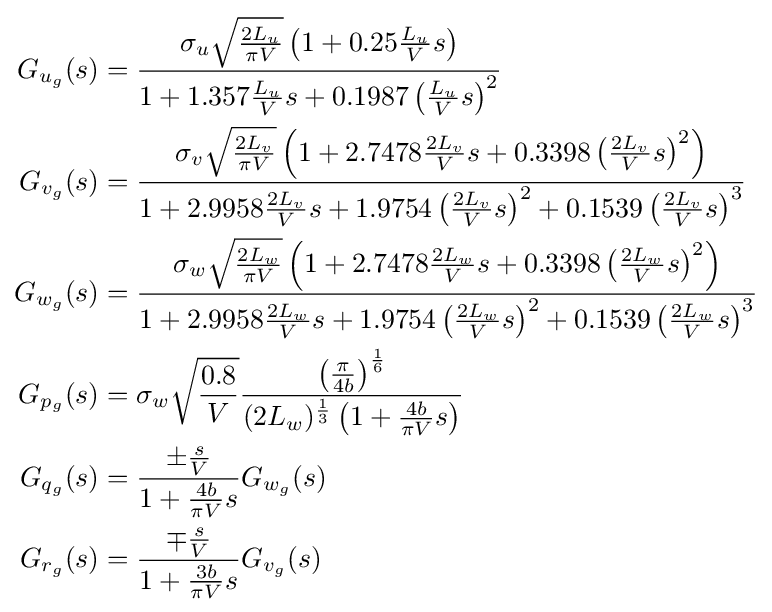
{\begin{aligned}G_{u_{g}}(s)&={\frac {\sigma _{u}{\sqrt {\frac {2L_{u}}{\pi V}}}\left(1+0.25{\frac {L_{u}}{V}}s\right)}{1+1.357{\frac {L_{u}}{V}}s+0.1987\left({\frac {L_{u}}{V}}s\right)^{2}}}\\G_{v_{g}}(s)&={\frac {\sigma _{v}{\sqrt {\frac {2L_{v}}{\pi V}}}\left(1+2.7478{\frac {2L_{v}}{V}}s+0.3398\left({\frac {2L_{v}}{V}}s\right)^{2}\right)}{1+2.9958{\frac {2L_{v}}{V}}s+1.9754\left({\frac {2L_{v}}{V}}s\right)^{2}+0.1539\left({\frac {2L_{v}}{V}}s\right)^{3}}}\\G_{w_{g}}(s)&={\frac {\sigma _{w}{\sqrt {\frac {2L_{w}}{\pi V}}}\left(1+2.7478{\frac {2L_{w}}{V}}s+0.3398\left({\frac {2L_{w}}{V}}s\right)^{2}\right)}{1+2.9958{\frac {2L_{w}}{V}}s+1.9754\left({\frac {2L_{w}}{V}}s\right)^{2}+0.1539\left({\frac {2L_{w}}{V}}s\right)^{3}}}\\G_{p_{g}}(s)&=\sigma _{w}{\sqrt {\frac {0.8}{V}}}{\frac {\left({\frac {\pi }{4b}}\right)^{\frac {1}{6}}}{(2L_{w})^{\frac {1}{3}}\left(1+{\frac {4b}{\pi V}}s\right)}}\\G_{q_{g}}(s)&={\frac {\pm {\frac {s}{V}}}{1+{\frac {4b}{\pi V}}s}}G_{w_{g}}(s)\\G_{r_{g}}(s)&={\frac {\mp {\frac {s}{V}}}{1+{\frac {3b}{\pi V}}s}}G_{v_{g}}(s)\end{aligned}}